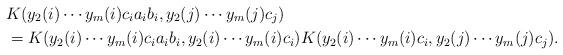
LaTeX: \begin{align*}& K(y_2(i)\cdots y_m(i)c_ia_ib_i,y_2(j)\cdots y_m(j) c_j)\\& = K(y_2(i)\cdots y_m(i)c_ia_ib_i,y_2(i)\cdots y_m(i)c_i) K(y_2(i)\cdots y_m(i)c_i,y_2(j)\cdots y_m(j) c_j).\end{align*}